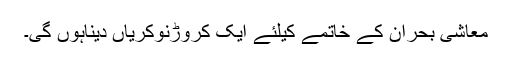
معاشی بحران کے خاتمے کیلئے ایک کروڑنوکریاں دیناہوں گی۔